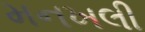
મનખલી